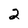
Character: 2